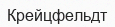
Крейцфельдт